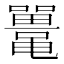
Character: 鼍